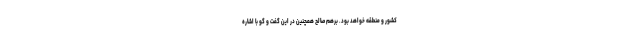
کشور و منطقه خواهد بود. برهم صالح همچنین در این گفت و گو با اشاره